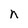
Character: n